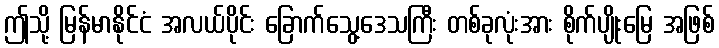
ဤသို့ မြန်မာနိုင်ငံ အလယ်ပိုင်း ခြောက်သွေ့ဒေသကြီး တစ်ခုလုံးအား စိုက်ပျိုးမြေ အဖြစ်